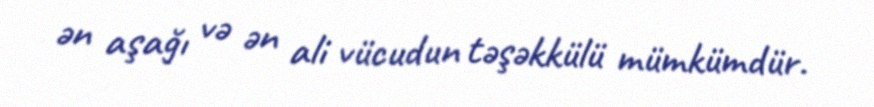
ən aşağı və ən ali vücudun təşəkkülü mümkümdür.